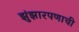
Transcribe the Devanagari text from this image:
झुंझारपणाची